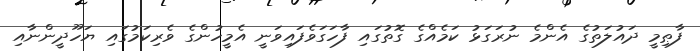
ފާޠިމީ ދައުލަތުގެ އެންމެ ނުރަގަޅު ކަމެއްގެ ގޮތުގައި ފާހަގަވެފައިވަނީ އެމީހުންގެ ވެރިކަމުގައި ޔަހޫދީންނާއި